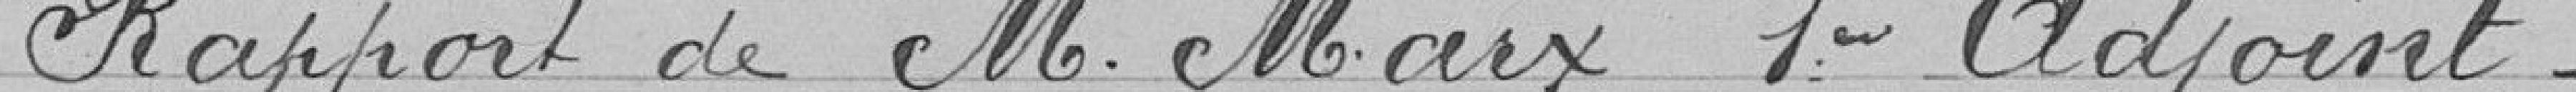
Rapport de Monsieur MARX 1er adjoint